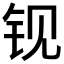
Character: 𰽢